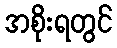
အစိုးရတွင်